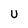
Character: U